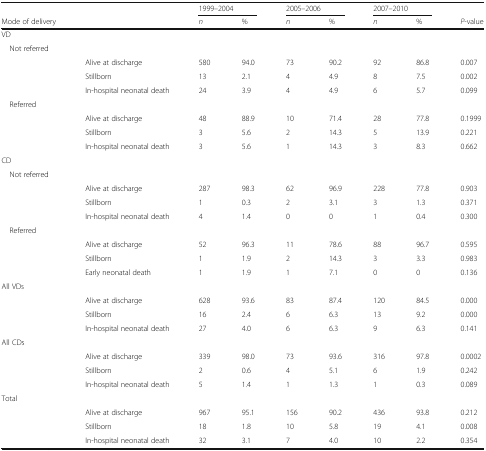
<table><thead><tr><td></td><td></td><td colspan="2"><b>1999–2004</b></td><td colspan="2"><b>2005–2006</b></td><td colspan="2"><b>2007–2010</b></td><td></td></tr><tr><td><b>Mode of delivery</b></td><td></td><td><b><i>n</i></b></td><td><b>%</b></td><td><b><i>n</i></b></td><td><b>%</b></td><td><b><i>n</i></b></td><td><b>%</b></td><td><b><i>P</i>-value</b></td></tr></thead><tbody><tr><td colspan="9">VD</td></tr><tr><td colspan="9"> Not referred</td></tr><tr><td></td><td>Alive at discharge</td><td>580</td><td>94.0</td><td>73</td><td>90.2</td><td>92</td><td>86.8</td><td>0.007</td></tr><tr><td></td><td>Stillborn</td><td>13</td><td>2.1</td><td>4</td><td>4.9</td><td>8</td><td>7.5</td><td>0.002</td></tr><tr><td></td><td>In-hospital neonatal death</td><td>24</td><td>3.9</td><td>4</td><td>4.9</td><td>6</td><td>5.7</td><td>0.099</td></tr><tr><td colspan="9"> Referred</td></tr><tr><td></td><td>Alive at discharge</td><td>48</td><td>88.9</td><td>10</td><td>71.4</td><td>28</td><td>77.8</td><td>0.1999</td></tr><tr><td></td><td>Stillborn</td><td>3</td><td>5.6</td><td>2</td><td>14.3</td><td>5</td><td>13.9</td><td>0.221</td></tr><tr><td></td><td>In-hospital neonatal death</td><td>3</td><td>5.6</td><td>1</td><td>14.3</td><td>3</td><td>8.3</td><td>0.662</td></tr><tr><td colspan="9">CD</td></tr><tr><td colspan="9"> Not referred</td></tr><tr><td></td><td>Alive at discharge</td><td>287</td><td>98.3</td><td>62</td><td>96.9</td><td>228</td><td>77.8</td><td>0.903</td></tr><tr><td></td><td>Stillborn</td><td>1</td><td>0.3</td><td>2</td><td>3.1</td><td>3</td><td>1.3</td><td>0.371</td></tr><tr><td></td><td>In-hospital neonatal death</td><td>4</td><td>1.4</td><td>0</td><td>0</td><td>1</td><td>0.4</td><td>0.300</td></tr><tr><td colspan="9"> Referred</td></tr><tr><td></td><td>Alive at discharge</td><td>52</td><td>96.3</td><td>11</td><td>78.6</td><td>88</td><td>96.7</td><td>0.595</td></tr><tr><td></td><td>Stillborn</td><td>1</td><td>1.9</td><td>2</td><td>14.3</td><td>3</td><td>3.3</td><td>0.983</td></tr><tr><td></td><td>Early neonatal death</td><td>1</td><td>1.9</td><td>1</td><td>7.1</td><td>0</td><td>0</td><td>0.136</td></tr><tr><td colspan="9">All VDs</td></tr><tr><td></td><td>Alive at discharge</td><td>628</td><td>93.6</td><td>83</td><td>87.4</td><td>120</td><td>84.5</td><td>0.000</td></tr><tr><td></td><td>Stillborn</td><td>16</td><td>2.4</td><td>6</td><td>6.3</td><td>13</td><td>9.2</td><td>0.000</td></tr><tr><td></td><td>In-hospital neonatal death</td><td>27</td><td>4.0</td><td>6</td><td>6.3</td><td>9</td><td>6.3</td><td>0.141</td></tr><tr><td colspan="9">All CDs</td></tr><tr><td></td><td>Alive at discharge</td><td>339</td><td>98.0</td><td>73</td><td>93.6</td><td>316</td><td>97.8</td><td>0.0002</td></tr><tr><td></td><td>Stillborn</td><td>2</td><td>0.6</td><td>4</td><td>5.1</td><td>6</td><td>1.9</td><td>0.242</td></tr><tr><td></td><td>In-hospital neonatal death</td><td>5</td><td>1.4</td><td>1</td><td>1.3</td><td>1</td><td>0.3</td><td>0.089</td></tr><tr><td colspan="9">Total</td></tr><tr><td></td><td>Alive at discharge</td><td>967</td><td>95.1</td><td>156</td><td>90.2</td><td>436</td><td>93.8</td><td>0.212</td></tr><tr><td></td><td>Stillborn</td><td>18</td><td>1.8</td><td>10</td><td>5.8</td><td>19</td><td>4.1</td><td>0.008</td></tr><tr><td></td><td>In-hospital neonatal death</td><td>32</td><td>3.1</td><td>7</td><td>4.0</td><td>10</td><td>2.2</td><td>0.354</td></tr></tbody></table>